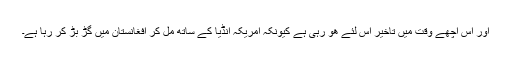
اور اس اچھے وقت میں تاخیر اس لئے ھو رہی ہے کیونکہ امریکہ انڈیا کے ساتھ مل کر افغانستان میں گڑ بڑ کر رہا ہے۔